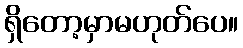
ရှိတော့မှာမဟုတ်ပေ။